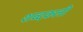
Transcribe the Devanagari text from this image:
शब्दकली